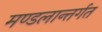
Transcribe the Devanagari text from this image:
मण्डलान्तर्गत